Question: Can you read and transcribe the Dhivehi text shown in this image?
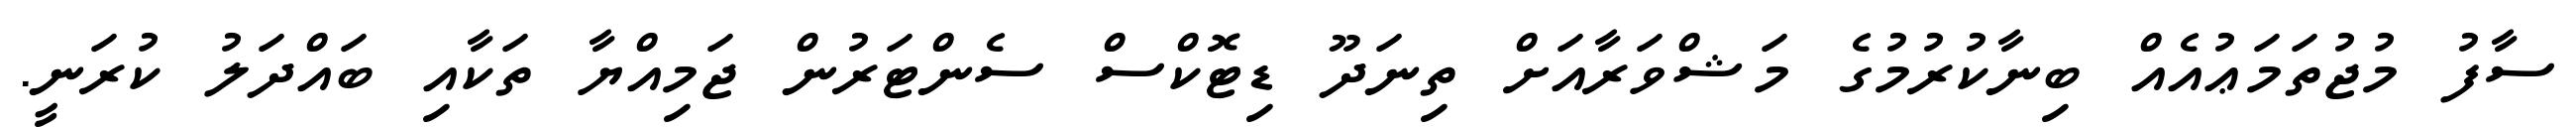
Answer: ސާފު މުޖުތަމަޢުއެއް ބިނާކުރުމުގެ މަޝްވަރާއަށް ތިނަދޫ ޑިޓޮކްސް ސެންޓަރުން ޖަމިއްޔާ ތަކާއި ބައްދަލު ކުރަނީ.